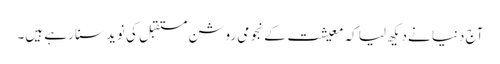
آج دنیا نےدیکھ لیا کہ معیشت کے نجومی روشن مستقبل کی نوید سنا رہے ہیں۔